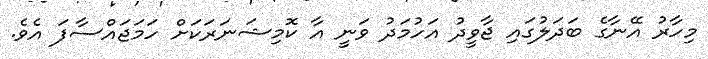
މިހާރު އޭނާގެ ބަދަލުގައި ޖާވީދު އަހުމަދު ވަނީ އާ ކޮމިޝަނަރަކަށް ހަމަޖައްސާފަ އެވެ.